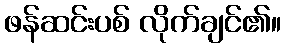
ဖန်ဆင်းပစ် လိုက်ချင်၏။